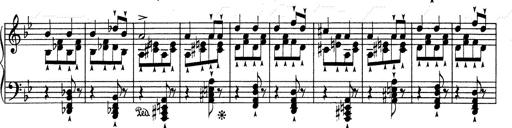
Title: RÃ©miniscences de Don Juan
Composer: Franz Liszt